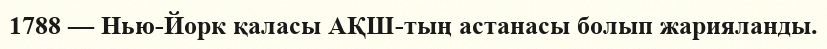
1788 — Нью-Йорк қаласы АҚШ-тың астанасы болып жарияланды.